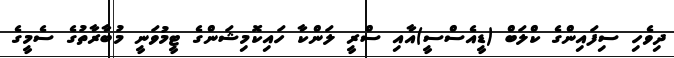
ދިވެހި ސިފައިންގެ ކްލަބް (ޑީއެސްސީ)އާއި ސްރީ ލަންކާ ހައިކޮމިޝަންގެ ޓީމުވަނީ މުބާރާތުގެ ސެމީގެ